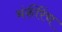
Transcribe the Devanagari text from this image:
मंकीरेंच